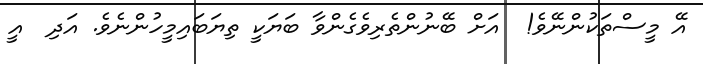
އޭ މީސްތަކުންނޭވެ!  އަށް ބޭނުންތެރިވެގެންވާ ބަޔަކީ ތިޔަބައިމީހުންނެވެ. އަދި  އީ